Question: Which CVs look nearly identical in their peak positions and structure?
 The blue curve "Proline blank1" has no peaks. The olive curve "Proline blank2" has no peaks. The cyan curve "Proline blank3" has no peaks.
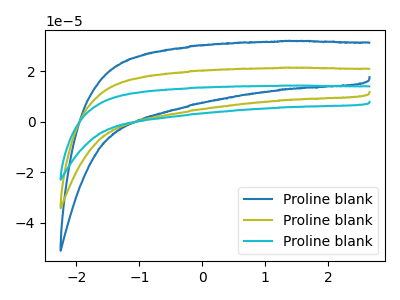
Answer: <think>Neither "Proline blank1" or "Proline blank2" have any peaks. Neither "Proline blank1" or "Proline blank3" have any peaks. Neither "Proline blank2" or "Proline blank3" have any peaks.
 </think>
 <answer>"Proline blank1", "Proline blank2" and "Proline blank3" have the same shape and are likely CV's of the same chemical.</answer>
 <eval>"Proline blank1" "Proline blank2" "Proline blank3"</eval>